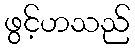
ဖွင့်ဟသည်